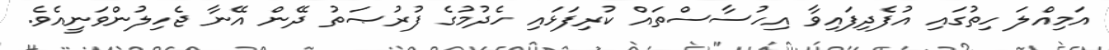
އަމިއްލަ ހިތުގައި އުފެދިފައިވާ އިހުސާސްތައް ކުރިފަޅައި ހެދުމުގެ ފުރުޞަތު ދޭން އޭނާ ޖެހިލުންވަނީއެވެ.